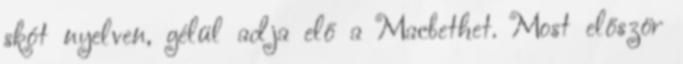
skót nyelven, gélül adja elő a Macbethet. Most először